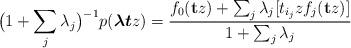
LaTeX: \begin{align*}\big(1 + \sum_j \lambda_j\big)^{-1}p(\boldsymbol{\lambda t}z) = \frac{f_0(\mathbf{t}z) + \sum_j \lambda_j [t_{i_j}z f_j(\mathbf{t}z)]}{1 + \sum_j \lambda_j}\end{align*}